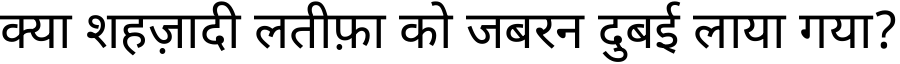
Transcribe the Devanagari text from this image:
क्या शहज़ादी लतीफ़ा को जबरन दुबई लाया गया?